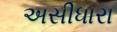
અસીધારા